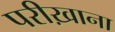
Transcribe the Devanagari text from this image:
परीख़ाना